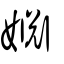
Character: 婣